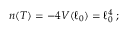
n ( T ) = - 4 V ( \ell _ { 0 } ) = \ell _ { 0 } ^ { 4 } \; ;